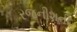
રજનીશની